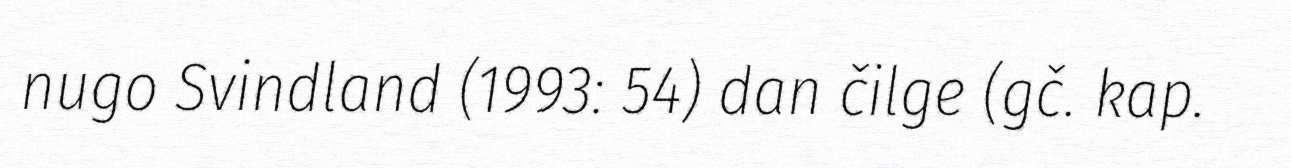
nugo Svindland (1993: 54) dan čilge (gč. kap.